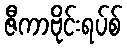
ဇီကာဗိုင်းရပ်စ်